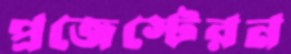
প্রজেস্টেরন